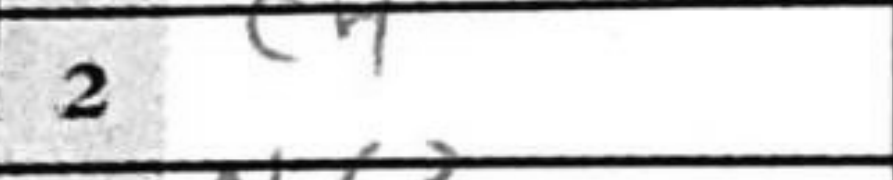
Transcription: c4